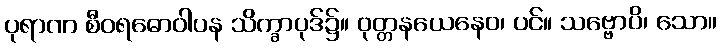
ပုရာဏ စီဝရဓောဝါပန သိက္ခာပုဒ်၌။ ဝုတ္တနယေနေဝ၊ ပင်။ သဗ္ဗောပိ၊ သော။